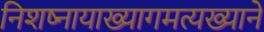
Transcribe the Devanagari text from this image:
निशष्नायाख्यागमत्यख्याने